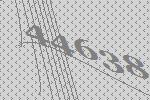
44638